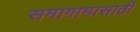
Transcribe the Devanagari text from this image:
समागामासाठी